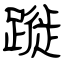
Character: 蹝